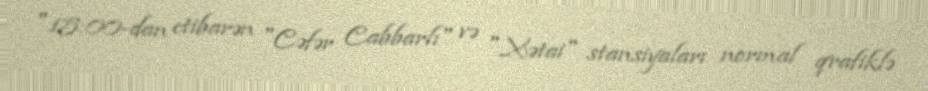
"15:00-dan etibarən "Cəfər Cabbarlı" və "Xətai" stansiyaları normal qrafiklə